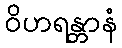
ဝိဟရန္တာနံ